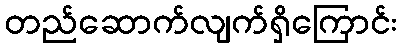
တည်ဆောက်လျက်ရှိကြောင်း